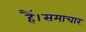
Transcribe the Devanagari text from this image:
हैं।समाचार